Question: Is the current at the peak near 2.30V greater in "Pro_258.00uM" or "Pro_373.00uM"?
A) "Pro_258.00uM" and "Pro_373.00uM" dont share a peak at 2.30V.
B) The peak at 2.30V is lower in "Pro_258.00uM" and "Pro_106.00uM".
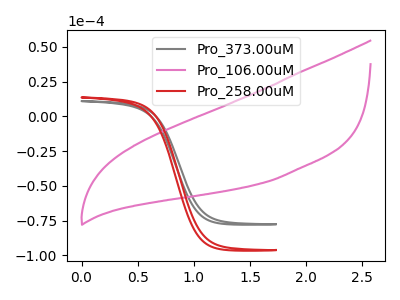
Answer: <think>The gray curve "Pro_373.00uM" has no peaks. The pink curve "Pro_106.00uM" has no peaks. The red curve "Pro_258.00uM" has no peaks.</think>
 <answer>A) "Pro_258.00uM" and "Pro_373.00uM" dont share a peak at 2.30V.</answer>
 <eval>A</eval>